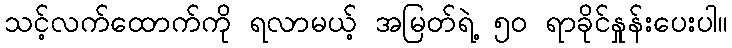
သင့်လက်ထောက်ကို ရလာမယ့် အမြတ်ရဲ့ ၅၀ ရာခိုင်နှုန်းပေးပါ။